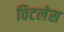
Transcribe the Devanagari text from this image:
विटलेस